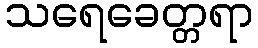
သရေခေတ္တရာ